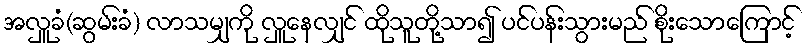
အလှူခံ(ဆွမ်းခံ) လာသမျှကို လှူနေလျှင် ထိုသူတို့သာ၍ ပင်ပန်းသွားမည် စိုးသောကြောင့်